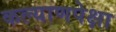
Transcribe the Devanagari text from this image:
कल्याणपेक्षा